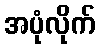
အပုံလိုက်